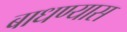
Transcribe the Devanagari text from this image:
बाधण्यास